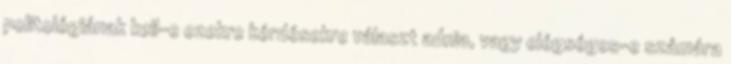
politológiának kell-e ezekre kérdésekre választ adnia, vagy elégséges-e számára